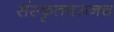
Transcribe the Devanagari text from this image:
संस्कृतवरूनच